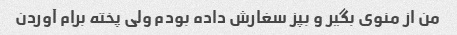
من از منوی بگیر و بپز سغارش داده بودم ولی پخته برام آوردن